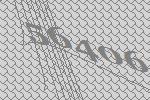
56406